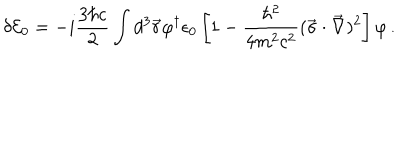
\delta { \cal E } _ { 0 } = - i \frac { 3 \hbar c } { 2 } \int d ^ { 3 } \vec { r } \varphi ^ { \dagger } \epsilon _ { 0 } \left[ 1 - \frac { \hbar ^ { 2 } } { 4 m ^ { 2 } c ^ { 2 } } ( \vec { \sigma } \cdot \vec { \nabla } ) ^ { 2 } \right] \varphi \, { . }